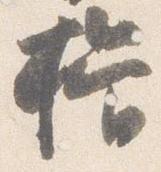
揖